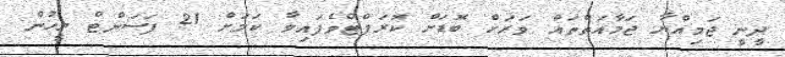
ދީނީ ޖަމިއްޔާ ޖަމާއަތްތައް ވަރަށް ބޮޑަށް ކޮރަޕްޓްވެފައިވާ ކަމަށް 21 ޕަސަންޓް މީހުން